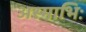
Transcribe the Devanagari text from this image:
अस्माभिः